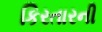
કિરતારની